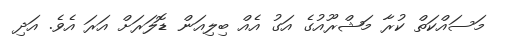
މަސައްކަތް ކުރާ މަޝްރޫއުގެ އަގު އެއް ބިލިއަން ޑޮލަރަށް އަރަ އެވެ. އަދި